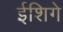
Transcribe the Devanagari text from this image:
ईशिगे